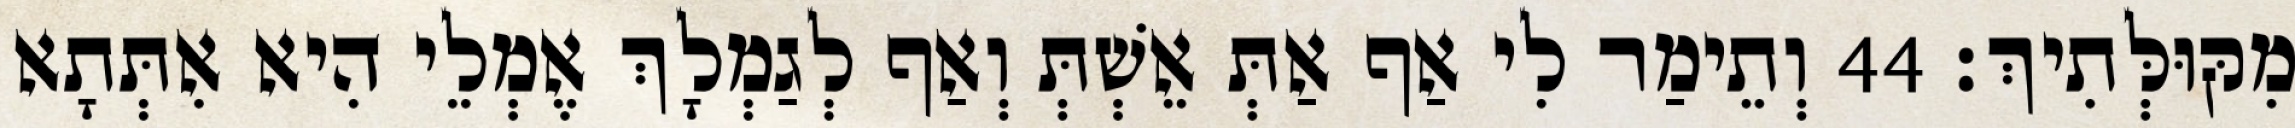
מִקּוּלְּתִיךְ׃ 44 וְתֵימַר לִי אַף אַתְּ אֵשְׁתְּ וְאַף לְגַמְלָךְ אֶמְלֵי הִיא אִתְּתָא